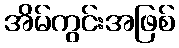
အိမ်ကွင်းအဖြစ်